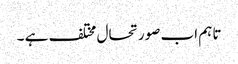
تاہم اب صورتحال مختلف ہے ۔